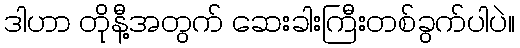
ဒါဟာ တိုနီ့အတွက် ဆေးခါးကြီးတစ်ခွက်ပါပဲ။